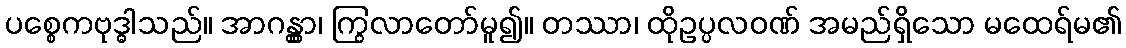
ပစ္စေကဗုဒ္ဓါသည်။ အာဂန္တွာ၊ ကြွလာတော်မူ၍။ တဿာ၊ ထိုဥပ္ပလဝဏ် အမည်ရှိသော မထေရ်မ၏